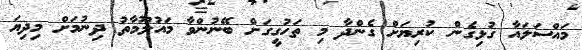
މައްސަލައާ ގުޅިގެން ކުރިޔަށް ގެންދާ މި ތަހުގީގަށް ބޭނުންވާ މައުލޫމާތު ދިނުމަށް މިދިޔަ